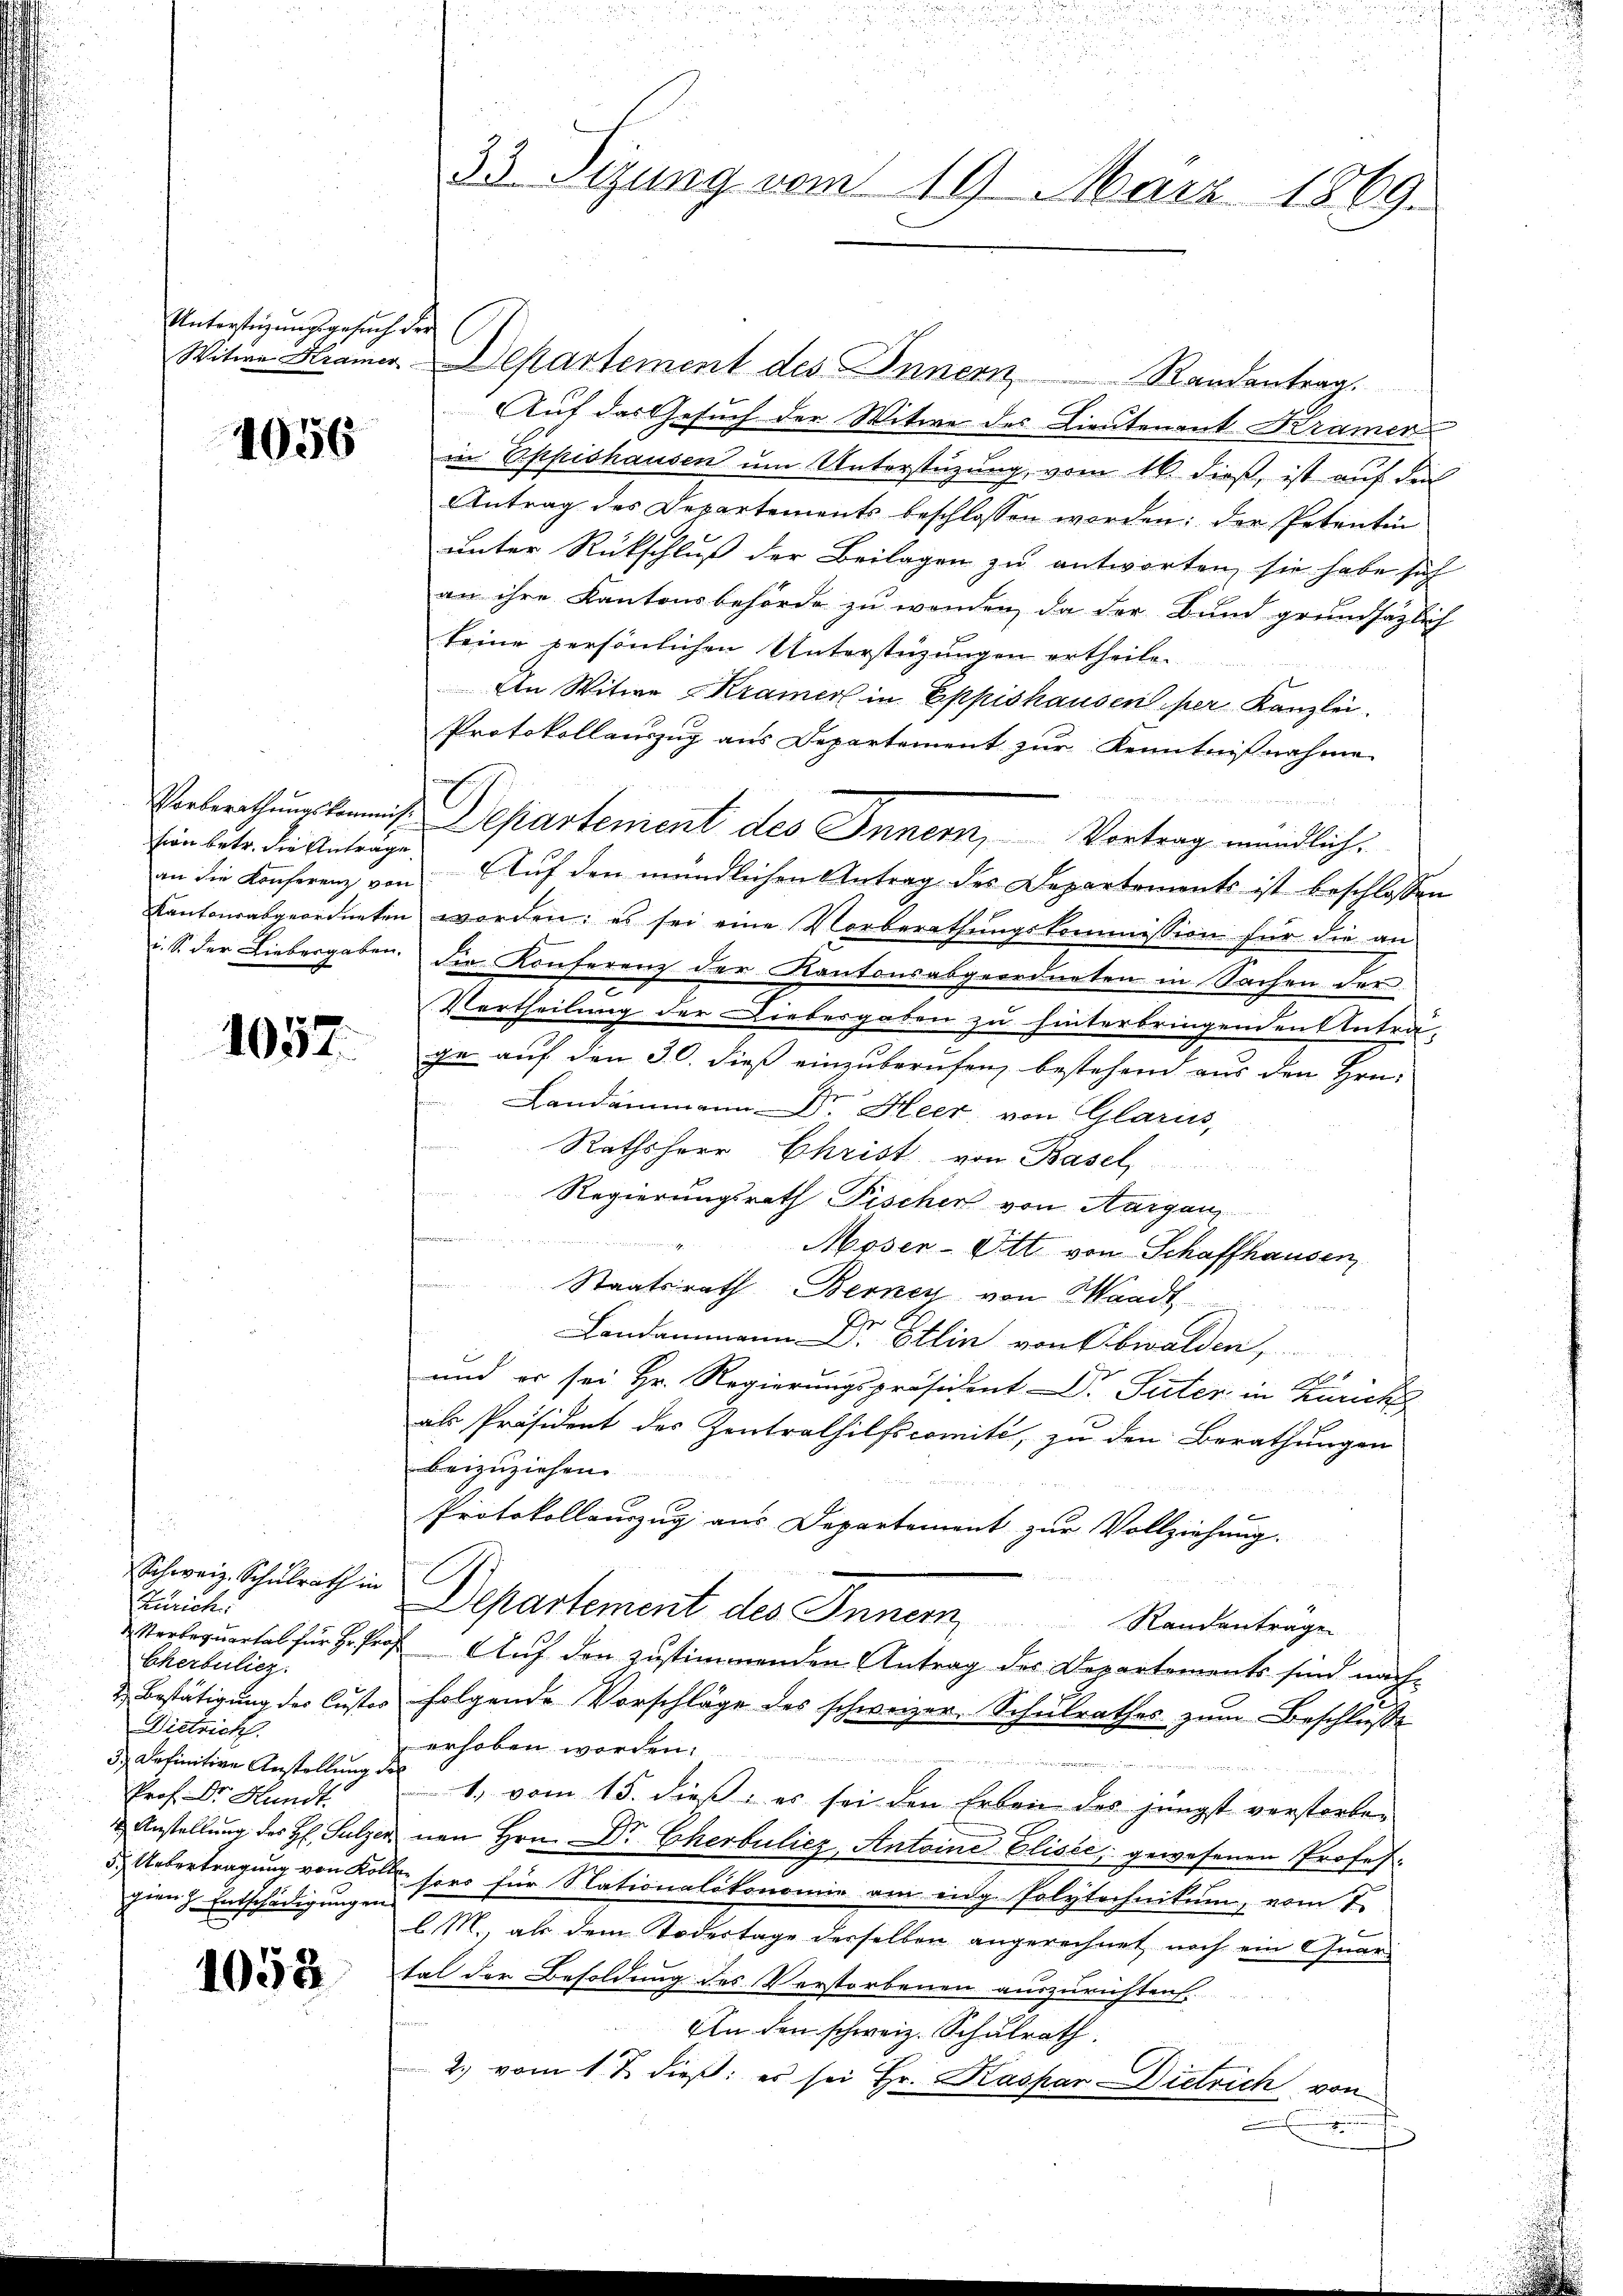
Untersteigungsgesuch der

1056

sion betr. die Antrage

1057.

Schweiz. Schulrath in
Zürich
x
Ekerbulier
Dietrich.
3.) Definition Anstellung des
Prof. Dr. Hundt
gien & Entschädigungen.

1058

Witwe Kramer-Departement des Innern
Randantrag
Auf das Gesuch der Witwe des Lieutenant Kramer
in Eppishausen um Unterstüzung, vom 16. dieß, ist auf die
Antrag des Departements beschlossen worden; der Petentin
ŭnter Rückschlŭβ der Beilagen zu antworten, sie habe sich
an ihre Kantonsbehörde zu wenden, da der Bund grundsätzlich
keine persönlichen Unterstüzungen ertheile.
An Witwe Kramer in Eppishausen per Kanzlei.
Protokollauszug aus Departement zur Kenntnißnahme
a
Verberathungskommis Departement des Innern, Vortrag mündlich.
an die Konferenz von Auf den mündlichen Antrag des Departements ist beschlossen
Kantonsabgeordneten worden: es sei eine Vorberathŭngskommission für die an
i. S. der Liebergaben. Die Konferenz der Kantonsabgeordneten in Sachen der
Vertheilung der Liebesgaben zu hinterbringenden Anträge auf den 30. dieß einzuberufen, bestehend aus den Hrn.
Landammann Dr. Heer von Glarus,
Rathsherr Christ von Basel
f
Regierungsrath Fischer von Aargau,
 n o ein eine angen
Moser-Witt von Schaffhausen
Staatsrath Berner von Waadt
Landammann Dr. Etlin von Obwalden,
6
und er sei Hr. Regierungspräsident Dr. Suter in Zürich
als Präsident des Contralhilfscomité, zu den Berathungen
beizuziehen.
Protokollenzug aus Departement zur Vollziehung.
Departement des Innern Randantragen
 Verbequartal für Hr. Prof. Auf den zustimmenden Antrag des Departements sind nach
2. Bestätigung des Custos folgende Vorschläge des schweizer, Schulrathes zum Beschlusse
erhoben worden.
1. vom 15. dieß, es sei den Erben des jüngst verstorben
u Anstellung des H. Sulzer von Hrn. Dr Cherbulicz, Antoine Elisée, gewesenen Profes¬
5. Uebertragung von Kollen sors für Stationalökonomie am eidg. Polytechnikum, vom 1.
l. M., als dem Todestage derselben angerechnet noch ein Quartal der Besoldung des Verstorbenen auszurichten.
An den schweiz. Schulrath
2. vom 1. Z. dieß: es sei Hr. Kaspar Dietrich von
3

n
d
33. Sizung vom 19. März 1869.